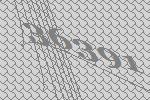
36391